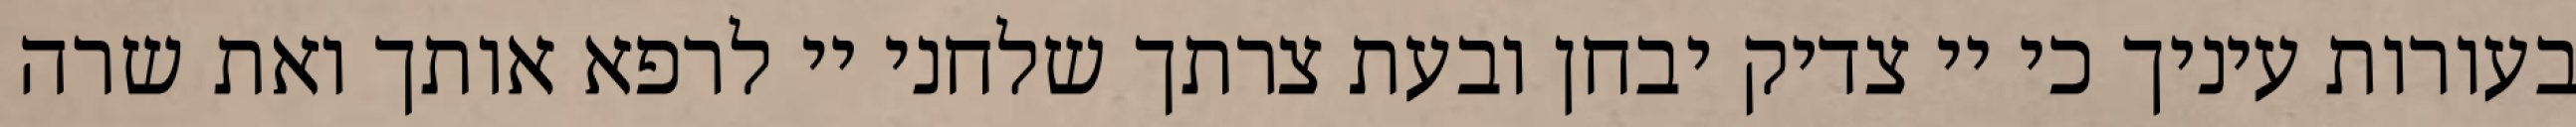
בעורות עיניך כי יי צדיק יבחן ובעת צרתך שלחני יי לרפא אותך ואת שרה